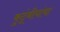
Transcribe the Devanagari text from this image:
कुटूंबीयांचा